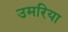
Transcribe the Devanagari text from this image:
उमरिया